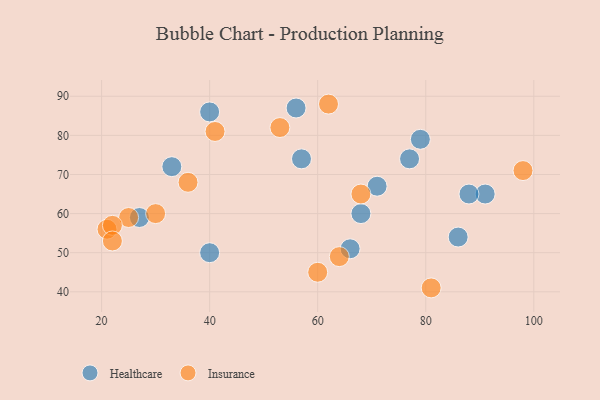
{"axis": {"x": "GDP", "y": "Life Expectancy"}, "legend": ["Healthcare", "Insurance"], "data": [{"x": "33", "y": 72, "type": "Healthcare"}, {"x": "56", "y": 87, "type": "Healthcare"}, {"x": "68", "y": 60, "type": "Healthcare"}, {"x": "86", "y": 54, "type": "Healthcare"}, {"x": "66", "y": 51, "type": "Healthcare"}, {"x": "91", "y": 65, "type": "Healthcare"}, {"x": "71", "y": 67, "type": "Healthcare"}, {"x": "57", "y": 74, "type": "Healthcare"}, {"x": "27", "y": 59, "type": "Healthcare"}, {"x": "40", "y": 86, "type": "Healthcare"}, {"x": "77", "y": 74, "type": "Healthcare"}, {"x": "88", "y": 65, "type": "Healthcare"}, {"x": "40", "y": 50, "type": "Healthcare"}, {"x": "79", "y": 79, "type": "Healthcare"}, {"x": "41", "y": 81, "type": "Insurance"}, {"x": "21", "y": 56, "type": "Insurance"}, {"x": "25", "y": 59, "type": "Insurance"}, {"x": "53", "y": 82, "type": "Insurance"}, {"x": "68", "y": 65, "type": "Insurance"}, {"x": "22", "y": 57, "type": "Insurance"}, {"x": "62", "y": 88, "type": "Insurance"}, {"x": "30", "y": 60, "type": "Insurance"}, {"x": "60", "y": 45, "type": "Insurance"}, {"x": "64", "y": 49, "type": "Insurance"}, {"x": "98", "y": 71, "type": "Insurance"}, {"x": "36", "y": 68, "type": "Insurance"}, {"x": "81", "y": 41, "type": "Insurance"}, {"x": "22", "y": 53, "type": "Insurance"}]}